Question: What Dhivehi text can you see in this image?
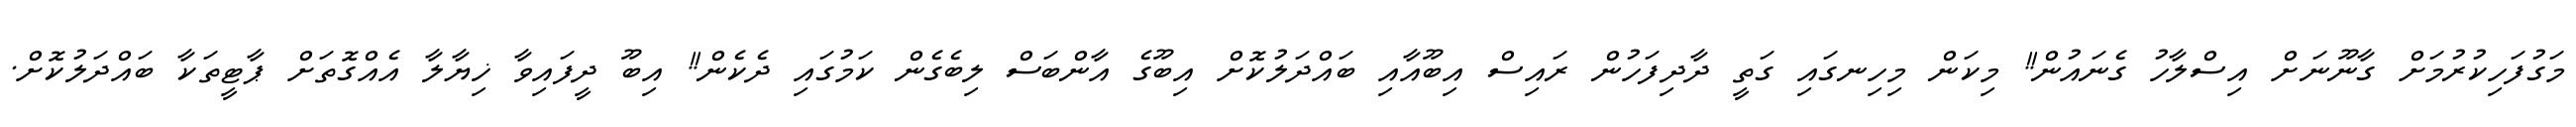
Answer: މަގުފަހިކުރުމަށް ގާނޫނަށް އިސްލާހު ގެނައުން!! މިކަން މިހިނގައި ގަތީ ދާދިފަހުން ރައިސް އިބޫއާއި ބައްދަލުކޮށް އިބޫގެ އާންބަސް ލިބެގެން ކަމުގައި ދެކެން!! އިބޫ ދީފައިވާ ޚިޔާލާ އެއްގޮތަށް ޕާޓީތަކާ ބައްދަލުކޮށް.